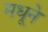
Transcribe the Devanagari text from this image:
मधूने